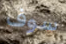
سوف